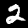
Label: 2